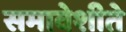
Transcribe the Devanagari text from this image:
समावेशीते